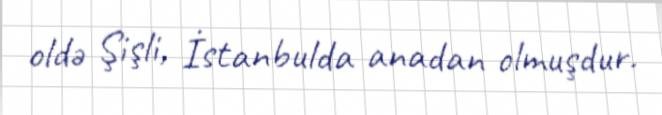
oldə Şişli, İstanbulda anadan olmuşdur.